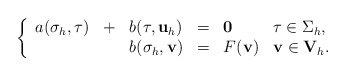
\begin{align*}\left\{ \begin{array}{llllll} a(\mathbf \sigma_h,\mathbf\tau) & + & b(\mathbf\tau,\mathbf u_h) & = & \mathbf 0 & \mathbf\tau\in\Sigma_h,\\& & b(\mathbf\sigma_h,\mathbf v) & = & F(\mathbf v) & \mathbf v\in\mathbf V_h. \end{array} \right.\end{align*}